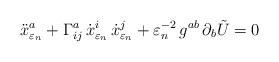
LaTeX: \begin{align*}\ddot{x}_{\varepsilon_n}^{a} + \Gamma_{ij}^{a}\, \dot{x}^{i}_{\varepsilon_n}\, \dot{x}^{j}_{\varepsilon_n}+ \varepsilon_n^{-2}\,g^{ab}\, \partial_b \tilde{U}=0\end{align*}